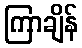
ကြာချိန်